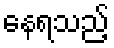
နေရသည့်